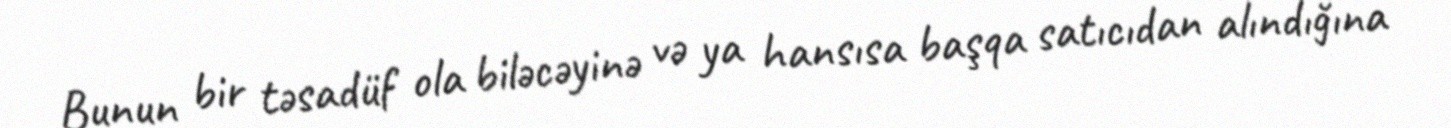
Bunun bir təsadüf ola biləcəyinə və ya hansısa başqa satıcıdan alındığına